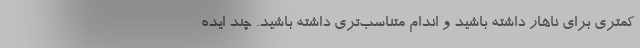
کمتری برای ناهار داشته باشید و اندام متناسب‌تری داشته باشید. چند ایده